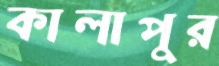
কালাপুর